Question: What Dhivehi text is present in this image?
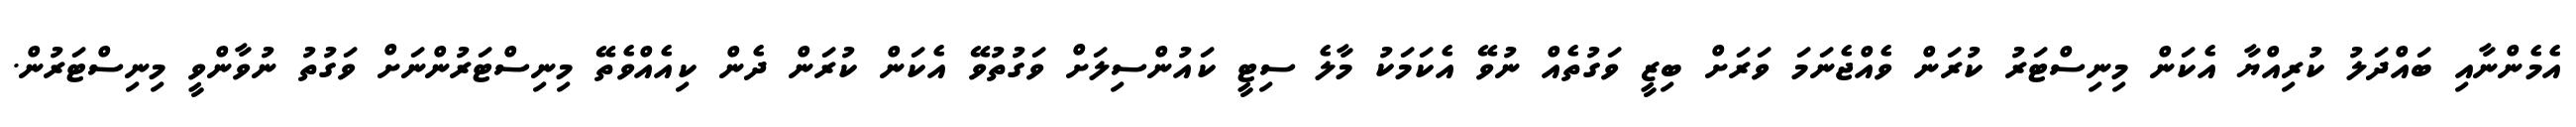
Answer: އެމެންނާއި ބައްދަލު ކުރިއްޔާ އެކަން މިނިސްޓަރު ކުރަން ވެއްޖެނަމަ ވަރަށް ބިޒީ ވަގުތެއް ނުވޭ އެކަމަކު މާލެ ސިޓީ ކައުންސިލަށް ވަގުތުވޭ އެކަން ކުރަން ދެން ކިއެއްވެތޭ މިނިސްޓަރުންނަށް ވަގުތު ނުވާންވީ މިނިސްޓަރުން.